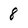
Character: 8